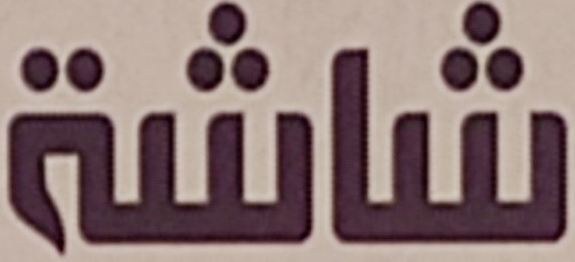
شاشة